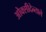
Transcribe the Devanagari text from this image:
ओक्सीदेन्ताले